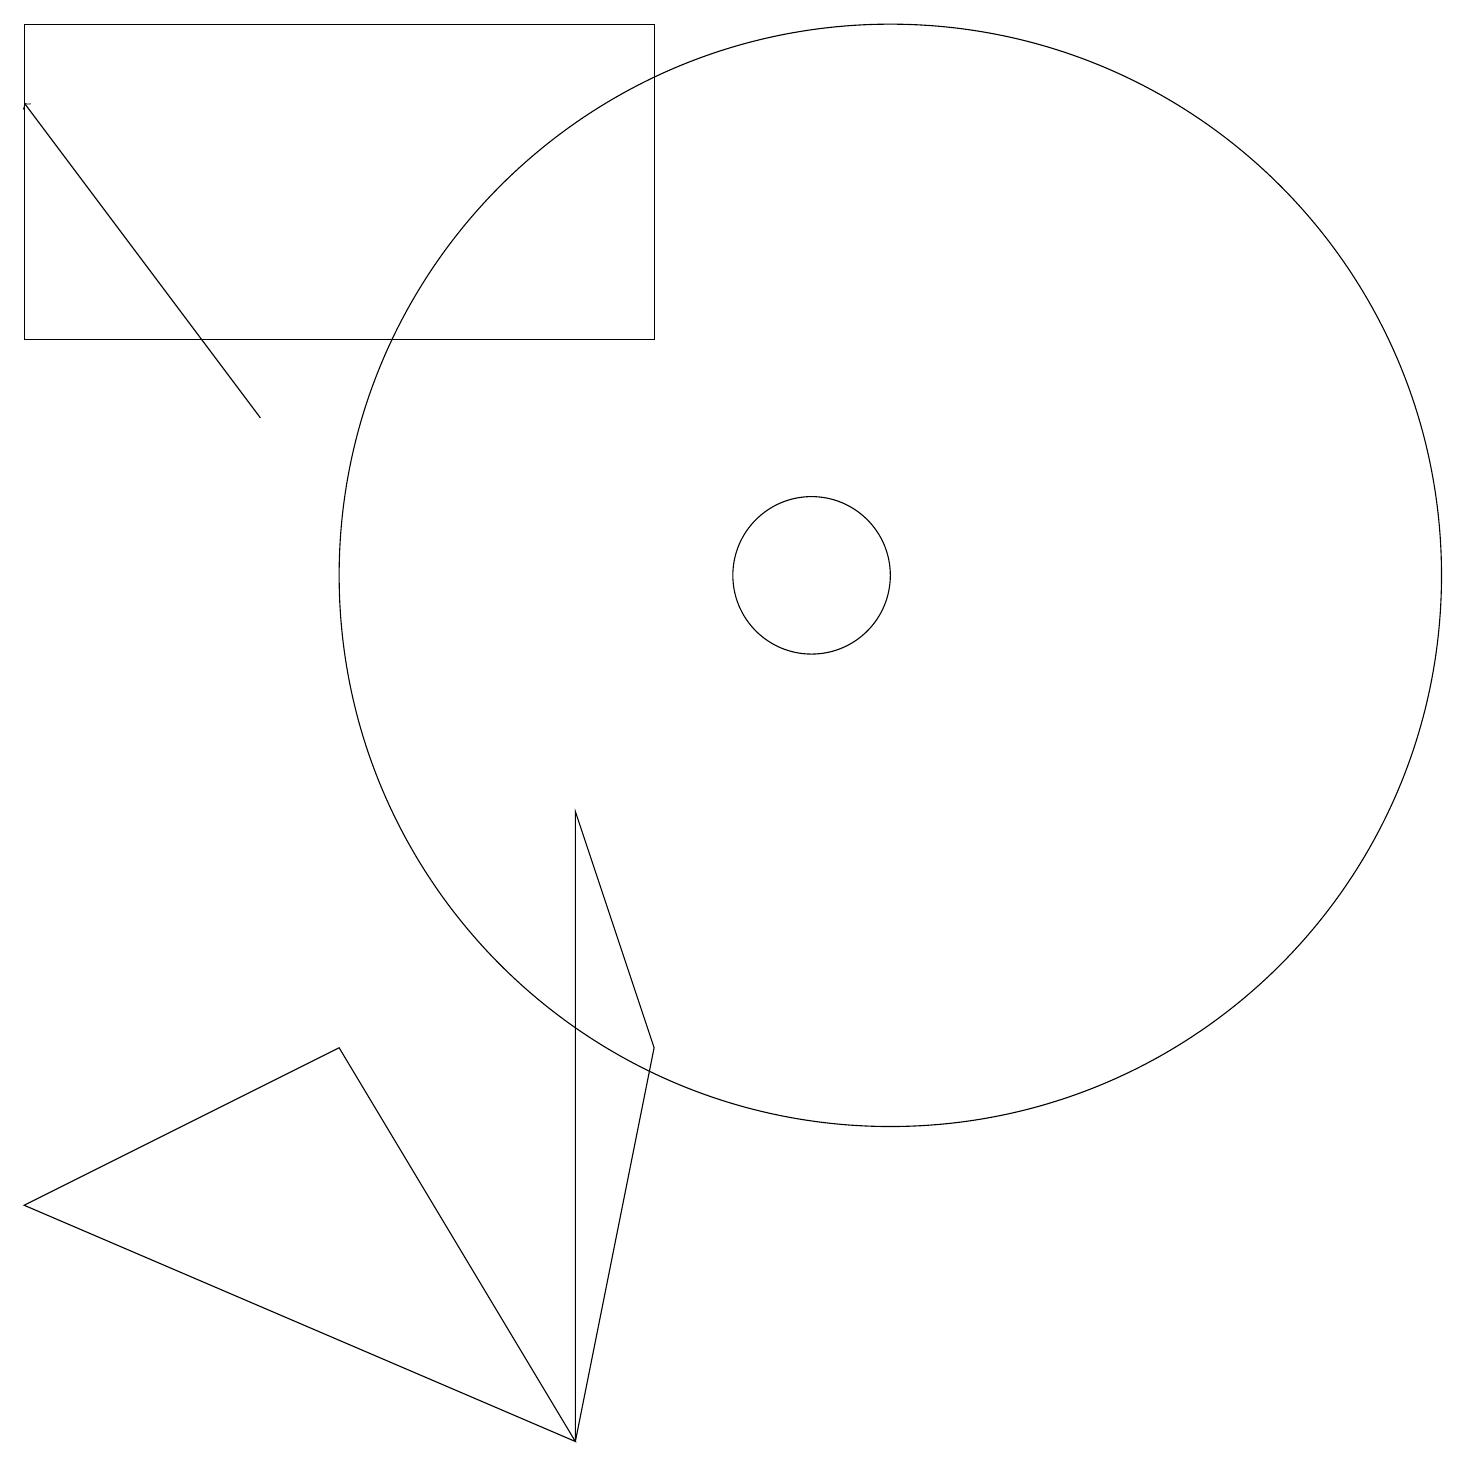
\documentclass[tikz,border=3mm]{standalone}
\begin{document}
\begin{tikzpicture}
\draw[->] (3,14) -- (0,18);
\draw (10,12) circle (1);
\draw (11,12) circle (7);
\draw (0,15) rectangle (8,19);
\draw (7,9) -- (8,6) -- (7,1) -- cycle;
\draw (0,4) -- (7,1) -- (4,6) -- cycle;
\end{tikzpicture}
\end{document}